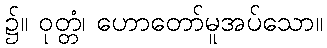
၌။ ဝုတ္တံ၊ ဟောတော်မူအပ်သော။